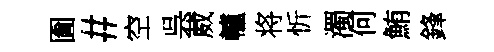
圗#空呉葳轤将忻濁何鮪鋒